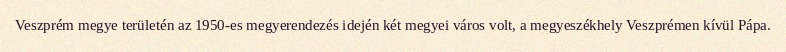
Veszprém megye területén az 1950-es megyerendezés idején két megyei város volt, a megyeszékhely Veszprémen kívül Pápa.